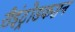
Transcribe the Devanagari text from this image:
रीइंट्रोडकशन